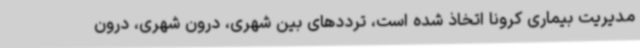
مدیریت بیماری کرونا اتخاذ شده است، ترددهای بین شهری، درون شهری، درون